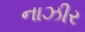
નાઝીર